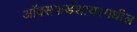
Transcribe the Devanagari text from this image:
ऑक्सफर्डशायरमधील